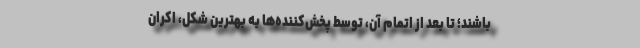
باشند؛ تا بعد از اتمام آن، توسط پخش‌کننده‌ها به بهترین شکل، اکران